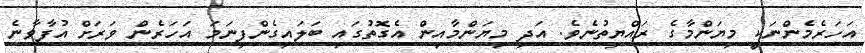
އަހަރެމެންނަކީ މިޔަންމާގެ ރައްޔިތުނެވެ. އަދި މިޔަންމާއިން އެގޮތުގައި ބަލައިގެންފިނަމަ އަހަރެން ވަރަށް އުފާވާނެ